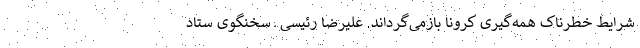
شرایط خطرناک همه‌گیری کرونا بازمی‌گرداند. علیرضا رئیسی ـ سخنگوی ستاد